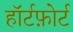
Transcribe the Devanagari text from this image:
हॉर्टफ़ोर्ट